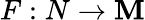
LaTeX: F:N\to\mathbf{M}